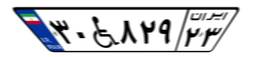
۸۳W۴۸۲۳۸